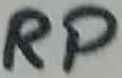
Text: RP